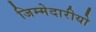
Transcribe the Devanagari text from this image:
जिम्मेदारीयो